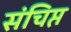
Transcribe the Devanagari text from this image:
संचिप्त